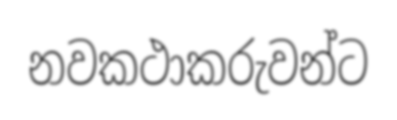
නවකථාකරුවන්ට